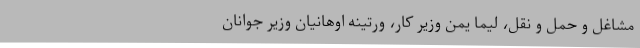
مشاغل و حمل و نقل، لیما یمن وزیر کار، ورتینه اوهانیان وزیر جوانان